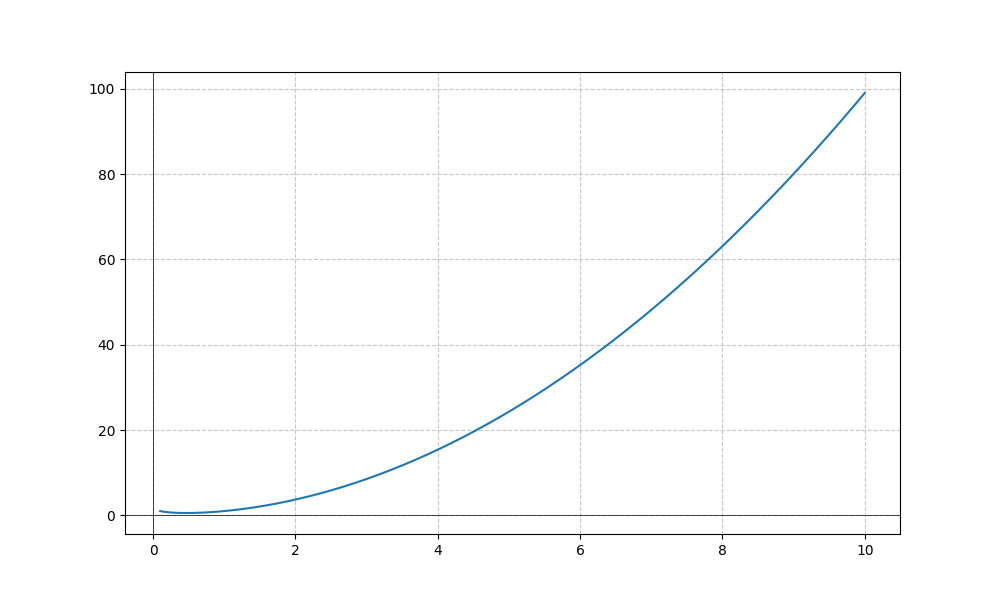
LaTeX formula: x^{2} - \frac{\log{\left(x \right)}}{\log{\left(10 \right)}}